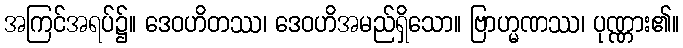
အကြင်အရပ်၌။ ဒေဝဟိတဿ၊ ဒေဝဟိအမည်ရှိသော။ ဗြာဟ္မဏဿ၊ ပုဏ္ဏား၏။